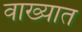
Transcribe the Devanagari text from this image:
वाख्यात